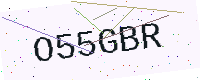
Text: O55GBR